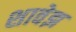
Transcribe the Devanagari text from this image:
शावेझ